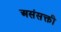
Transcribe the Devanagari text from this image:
असंसक्ती